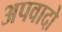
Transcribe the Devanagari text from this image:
अपवादो